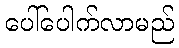
ပေါ်ပေါက်လာမည်